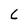
Character: C